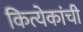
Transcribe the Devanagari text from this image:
कित्येकांची